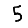
Digit: 5